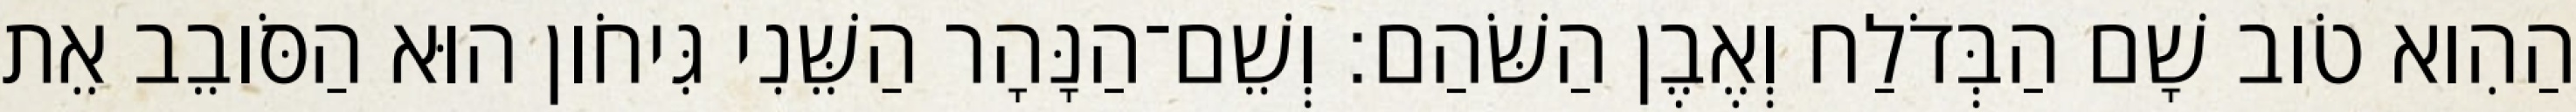
הַהִוא טֹוב שָׁם הַבְּדֹלַח וְאֶבֶן הַשֹּׁהַם׃ וְשֵׁם־הַנָּהָר הַשֵּׁנִי גִּיחֹון הוּא הַסֹּובֵב אֵת